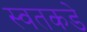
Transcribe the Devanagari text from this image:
स्वतकडे